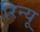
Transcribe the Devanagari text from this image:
रिन्यू